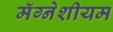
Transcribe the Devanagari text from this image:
मॅग्नेशीयम